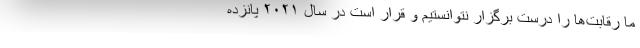
ما رقابت‌ها را درست برگزار نتوانستیم و قرار است در سال ۲۰۲۱ پانزده